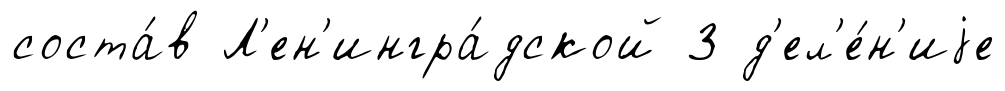
соста́в Л'ен'ингра́дской 3 д'ел'е́н'иjе